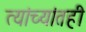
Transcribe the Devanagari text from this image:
त्यांच्यांतही